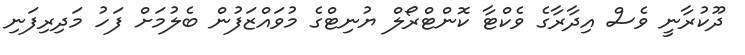
ދޫކުރާނީ ވެސް އިދާރާގެ ވެކްޓާ ކޮންޓްރޯލް ޔުނިޓްގެ މުވައްޒަފުން ބެލުމަށް ފަހު މަދިރިފަނި